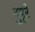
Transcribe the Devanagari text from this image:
नुपूरे